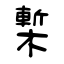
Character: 槧